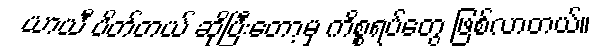
ယာယီ ပိတ်တယ် ဆိုပြီးတော့မှ ကိစ္စရပ်တွေ ဖြစ်လာတယ်။